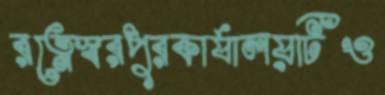
রত্নেস্বরপুরকার্যালয়টিও